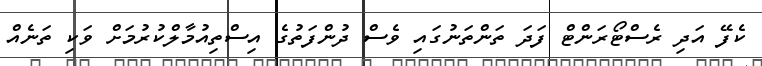
ކެފޭ އަދި ރެސްޓޯރަންޓް ފަދަ ތަންތަނުގައި ވެސް ދުންފަތުގެ އިސްތިއުމާލްކުރުމަށް ވަކި ތަނެއް